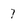
Character: 7